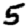
Digit: 5